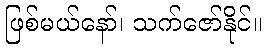
ဖြစ်မယ်နော်၊ သက်ဇော်နိုင်။